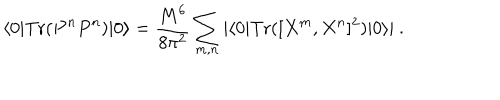
\langle 0 | \mathrm { T r } ( P ^ { n } P ^ { n } ) | 0 \rangle = \frac { M ^ { 6 } } { 8 \pi ^ { 2 } } \sum _ { m , n } | \langle 0 | \mathrm { T r } ( [ X ^ { m } , X ^ { n } ] ^ { 2 } ) | 0 \rangle | \ .